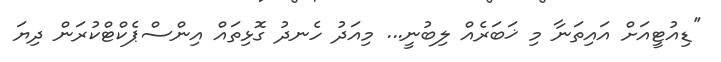
''ޑިއުޓީއަށް އައިތަނާ މި ޚަބަރެއް ލިބުނީ... މިއަދު ހެނދު ގޮޅިތައް އިންސްޕެކްޓްކުރަން ދިޔަ